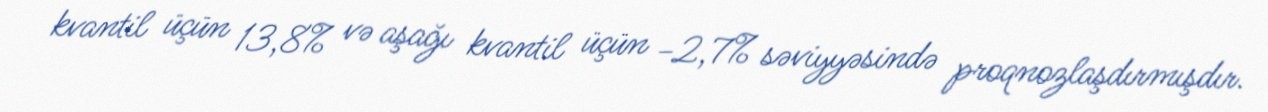
kvantil üçün 13,8% və aşağı kvantil üçün −2,7% səviyyəsində proqnozlaşdırmışdır.